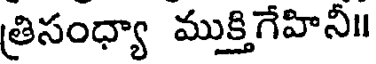
త్రిసంధ్యా ముక్తిగేహినీ॥